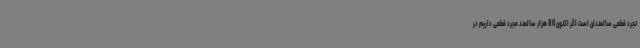
تجرد قطعی سالمندان است اگر اکنون 80 هزار سالمند مجرد قطعی داریم در